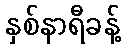
နှစ်နာရီခန့်